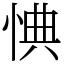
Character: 㥏